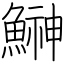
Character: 鰰